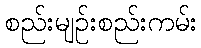
စည်းမျဉ်းစည်းကမ်း